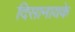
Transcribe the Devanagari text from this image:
दिसानायके